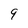
Character: 9